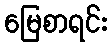
မြေစာရင်း